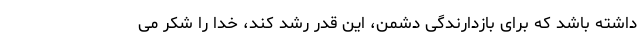
داشته باشد که برای بازدارندگی دشمن، این قدر رشد کند، خدا را شکر می